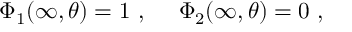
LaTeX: \Phi _ { 1 } ( \infty , \theta ) = 1 \ , \ \ \ \ \Phi _ { 2 } ( \infty , \theta ) = 0 \ ,